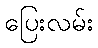
ပြေးလမ်း